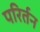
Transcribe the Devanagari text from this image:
परिर्तन